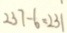
2 3 7 - 6 = 2 3 1